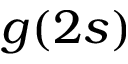
g ( 2 s )